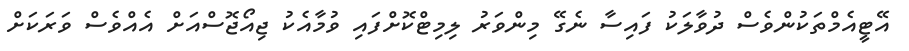
އޭޓީއެމްތަކުންވެސް ދުވާލަކު ފައިސާ ނެގޭ މިންވަރު ލިމިޓްކޮށްފައި ވުމާއެކު ޖިއޯޖޮސްއަށް އެއްވެސް ވަރަކަށް